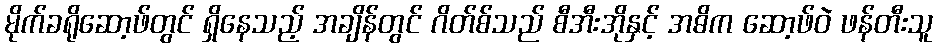
မိုက်ခရိုဆော့ဖ်တွင် ရှိနေသည့် အချိန်တွင် ဂိတ်စ်သည် စီအီးအိုနှင့် အဓိက ဆော့ဖ်ဝဲ ဖန်တီးသူ